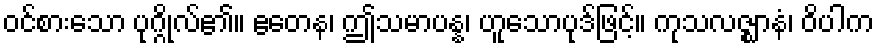
ဝင်စားသော ပုဂ္ဂိုလ်၏။ ဧတေန၊ ဤသမာပန္န၊ ဟူသောပုဒ်ဖြင့်။ ကုသလဇ္ဈာနံ၊ ဝိပါက